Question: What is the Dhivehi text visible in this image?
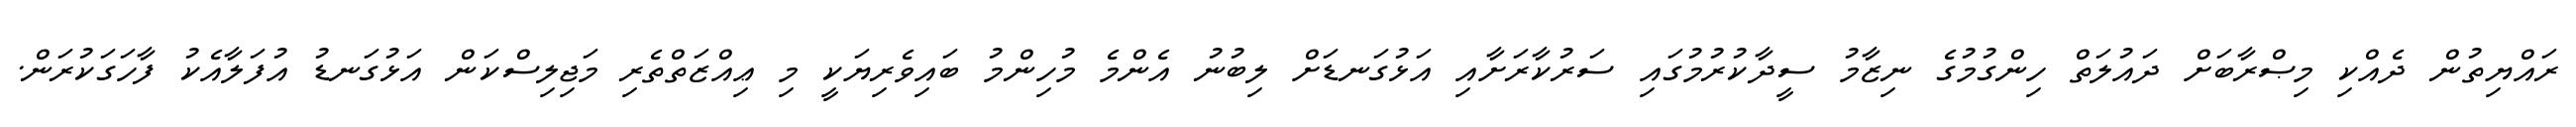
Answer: ރައްޔިތުން ދެއްކި މިޞްރާބަށް ދައުލަތް ހިންގުމުގެ ނިޒާމު ސީދާކުރުމުގައި ސަރުކާރަށާއި އަޅުގަނޑަށް ލިބުނު އެންމެ މުހިންމު ބައިވެރިޔަކީ މި ޢިއްޒަތްތެރި މަޖިލިސްކަން އަޅުގަނޑު އުފަލާއެކު ފާހަގަކުރަން.